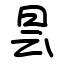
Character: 昙